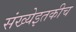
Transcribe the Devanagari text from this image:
संख्येइतकीच